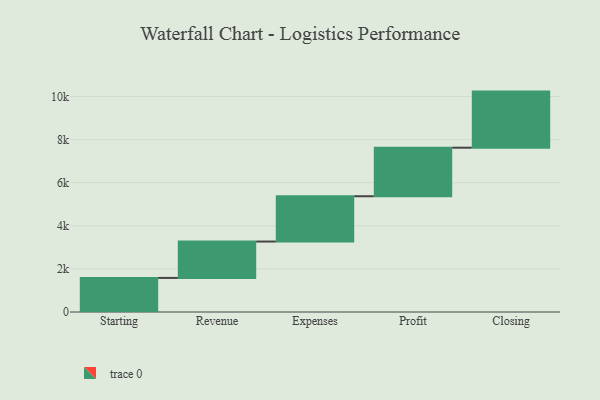
{"axis": {"x": "Step", "y": "Value"}, "legend": [""], "data": [{"x": "Starting", "y": 1582.0, "type": ""}, {"x": "Revenue", "y": 1688.0, "type": ""}, {"x": "Expenses", "y": 2102.0, "type": ""}, {"x": "Profit", "y": 2253.0, "type": ""}, {"x": "Closing", "y": 2603.0, "type": ""}]}